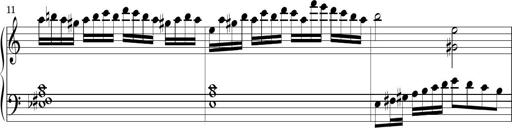
Title: Piano Sonatina No.1
Composer: Dimitri Sykias
Key: D minor